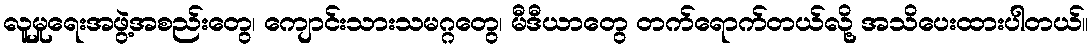
လူမှုရေးအဖွဲ့အစည်းတွေ၊ ကျောင်းသားသမဂ္ဂတွေ၊ မီဒီယာတွေ တက်ရောက်တယ်လို့ အသိပေးထားပါတယ်။